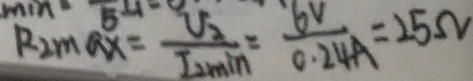
R _ { 2 \max } = \frac { V _ { 2 } } { I _ { 2 \min } } = \frac { 6 v } { 0 . 2 4 A } = 2 5 \Omega